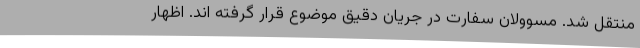
منتقل شد. مسوولان سفارت در جریان دقیق موضوع قرار گرفته اند. اظهار